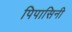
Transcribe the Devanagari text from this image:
पिपासिनी